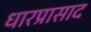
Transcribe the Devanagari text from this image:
धारप्रासाद